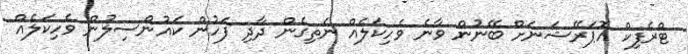
ޓްރެފިކް އޮޕަރޭޝަނަށް ބޭނުން ވާނެ ވެހިކަލެއް ނެތިގެން ދާދި ފަހުން ކައުންސިލުން ވެހިކަލެއް